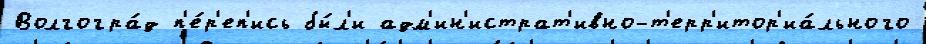
Волгогра́д п'е́р'еп'ись бы́л'и адм'ин'истрат'ивно-т'ерр'итор'иа́льного